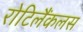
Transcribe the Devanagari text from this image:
रोटिलैंकलस